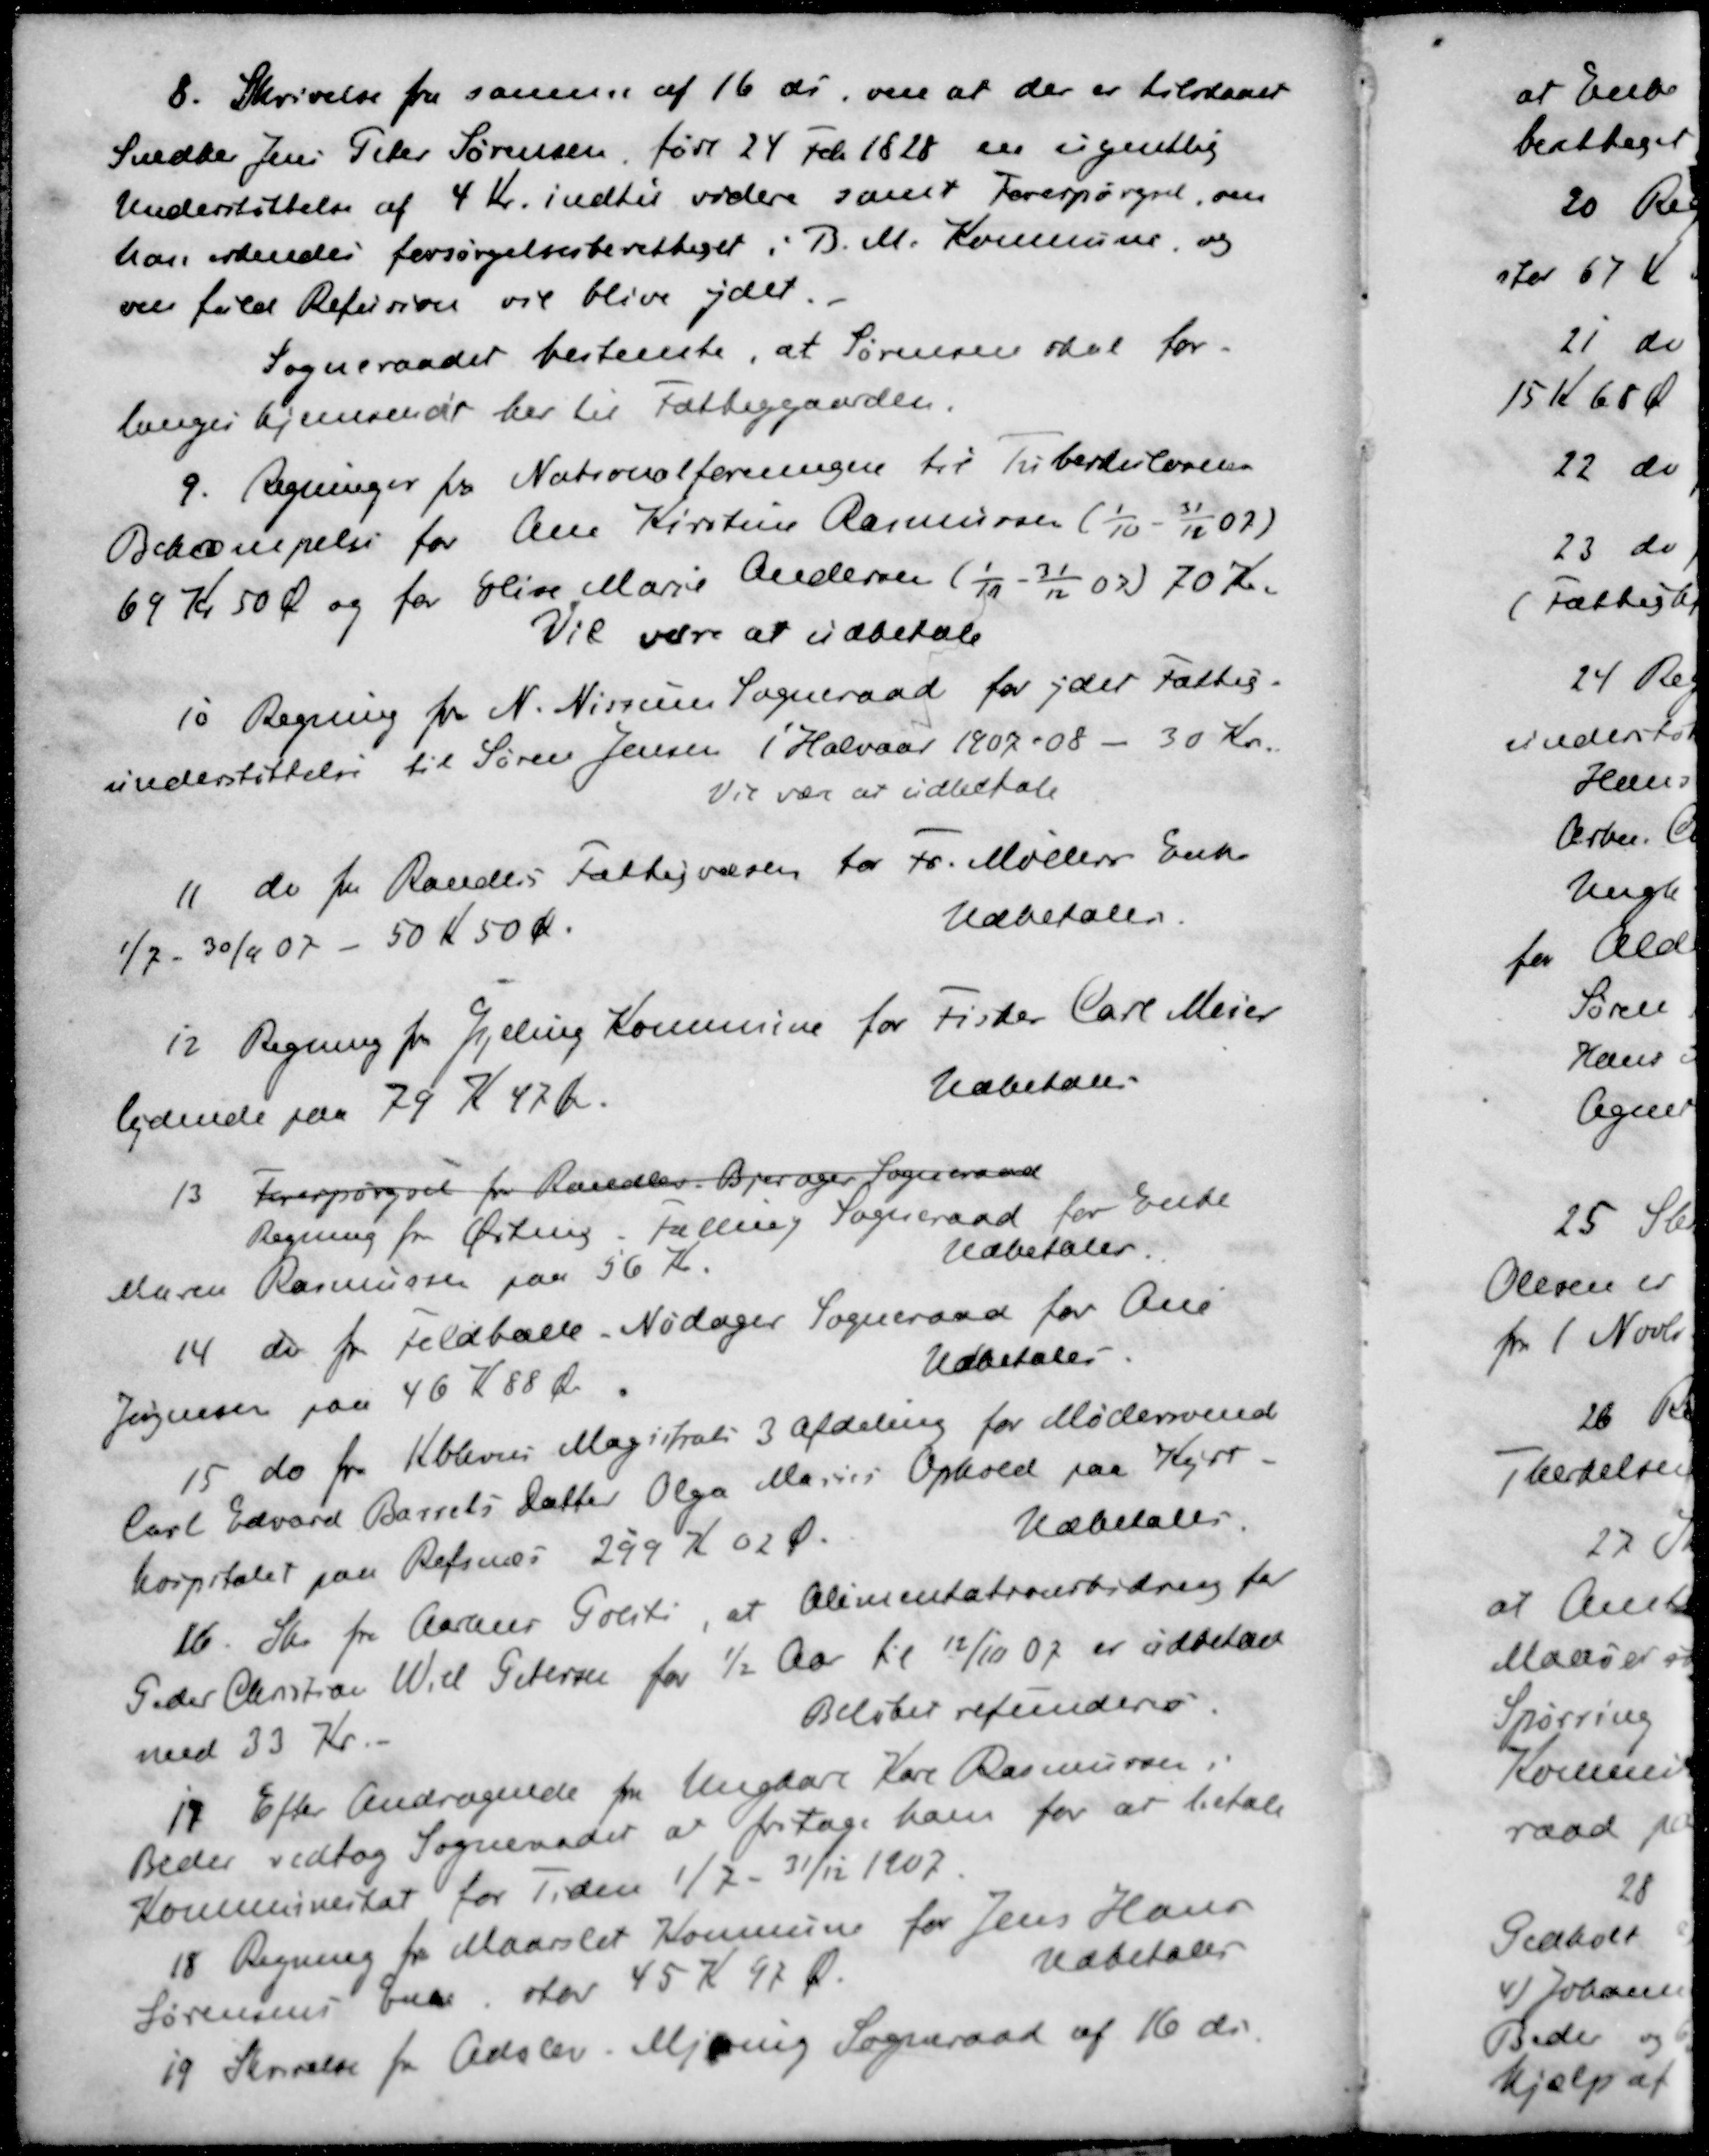
Transskription:
8. Skrivelse fra samme af 16 ds, om at der er tilstaaet
Snedker Jens Peter Sørensen, født 24 Febr 1828 en ugentlig
Understøttelse af 4 Kr. indtil videre samt Forespørgsel, om
han erkendes forsørgelsesberettiget i B. M. Kommune, og
om fuld Refusion vil blive ydet.
Sogneraadet bestemte, at Sørensen skal for-
langes hjemsendt her til Fattiggaarden.
9. Regninger fra Nationalforeningen til Tuberkulosens
Bekæmpelse for Ane Kirstine Rasmussen (1/10 - 31/12 07)
69 Kr 50 Ø og for Elise Marie Andersen (1/10 - 31/12 07) 70 Kr.
Vil være at udbetale
10 Regning for N. Nissum Sogneraad for yder Fattig-
understøttelse til Søren Jensen 1' Halvaar 1907-08 - 30 Kr.
Vil være at udbetale
11 do fra Randers Fattigvæsen for Fr. Møllers Enke
1/7 - 30/9 07 - 50 Kr 50 Kr.
Udbetales.
12. Regning for Gylling Kommune for Fisker Carl Mejer
lydende paa 79 K 47 Kr.
Udbetales
13. Forespørgsel fra Randlev Bjerager Sogneraad
Regning for Ørting Falling Sogneraad for Enke
Maren Rasmussen paa 56 Kr.
Udbetales.
14 do fra Feldballe. Nødager Sogneraad for Ane
Jørgensen paa 46 K 88 Øre
Udbetales
15 do fra Kbhvns Magistrats 3 Afdeling for Møllersvend
Carl Edvard Barrels Datter Olga Maries Ophold paa Kyst-
hospitalet paa Refsnæs 299 K 02 Ø.
Udbetales.
16. Skr fra Aarhus Politi, at Alimentationsbidrag for
Peder Christian Wiel Petersen for ½ Aar til 12/10 07 er udbetalt
med 33 Kr.
Beløbet refundere.
17 Efter Andragende fra Ungkarl Karl Rasmussen,
Beder vedtog Sogneraadet er fritage ham for at betale
Kommuneskat for Tiden 1/7 - 31/12 1907
18 Regning for Maarslet Kommune for Jens Hans
Sørensens Enke stor 45 Kr 92 Ø.
Udbetales
19 Skrivelse fra Adslev Mjeing Sogneraad af 16 ds